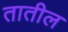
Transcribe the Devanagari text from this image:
तातील